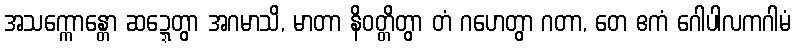
အသက္ကောန္တော ဆဍ္ဍေတွာ အဂမာသိ, မာတာ နိဝတ္တိတွာ တံ ဂဟေတွာ ဂတာ, တေ ဧကံ ဂေါပါလကဂါမံ